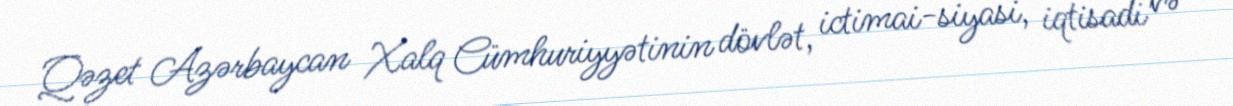
Qəzet Azərbaycan Xalq Cümhuriyyətinin dövlət, ictimai-siyasi, iqtisadi və